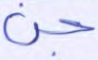
جن